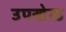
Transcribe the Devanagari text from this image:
उपखेळ